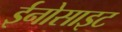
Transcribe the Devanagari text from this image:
ईनोसाइट